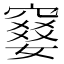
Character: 𫁙